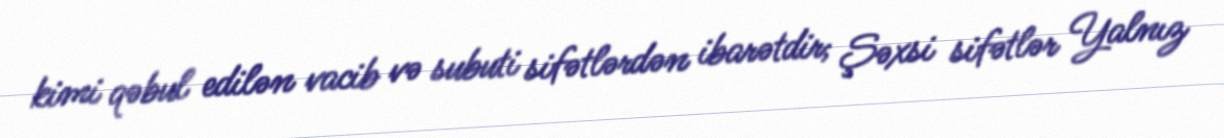
kimi qəbul edilən vacib və subuti sifətlərdən ibarətdir; Şəxsi sifətlər Yalnız